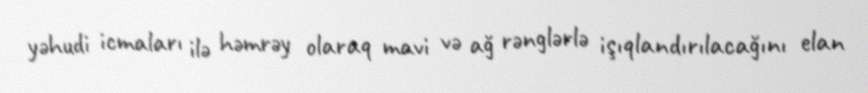
yəhudi icmaları ilə həmrəy olaraq mavi və ağ rənglərlə işıqlandırılacağını elan